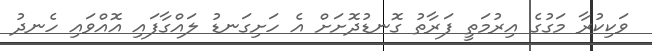
ވަކިކުރާ މަގުގެ އިރުމަތީ ފަރާތު ގޮނޑުދޮށަށް އެ ހަށިގަނޑު ލައްގާފައި އޮއްވައި ހެނދު